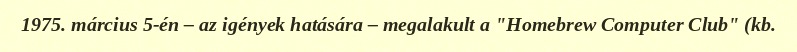
1975. március 5-én – az igények hatására – megalakult a "Homebrew Computer Club" (kb.